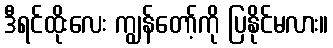
ဒီရင်ထိုးလေး ကျွန်တော့်ကို ပြနိုင်မလား။